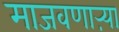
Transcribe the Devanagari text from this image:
माजवणाऱ्या